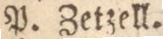
P. Zetzell.